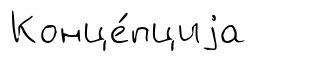
Конце́пциjа